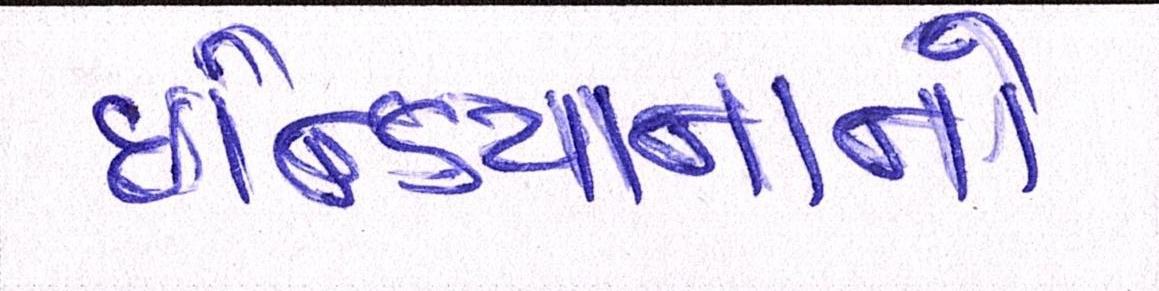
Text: ઇન્ડિયાનાનો